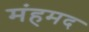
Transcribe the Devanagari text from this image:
मंहमद